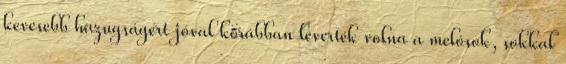
kevesebb hazugságért jóval korábban leverték volna a melósok, sokkal